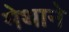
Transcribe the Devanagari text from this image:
मेथाने